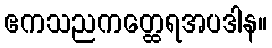
ဧကသညကတ္ထေရအပဒါန။